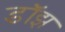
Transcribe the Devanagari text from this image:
डॉझ